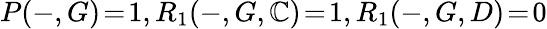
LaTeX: P(-,G)\! =\! 1,R_{1}(-,G,\mathbb{C})\! =\! 1,R_{1}(-,G,D)\! =\! 0